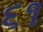
૬૧